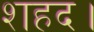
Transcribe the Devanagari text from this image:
शहद।